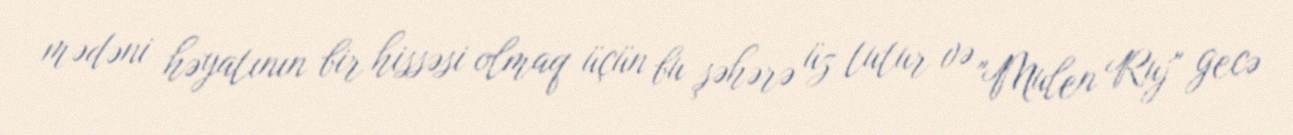
mədəni həyatının bir hissəsi olmaq üçün bu şəhərə üz tutur və "Mulen Ruj" gecə